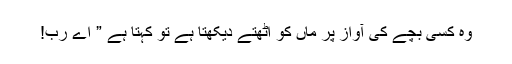
وہ کسی بچے کی آواز پر ماں کو اٹھتے دیکھتا ہے تو کہتا ہے ” اے رب!